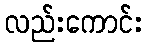
လည်းကောင်း